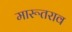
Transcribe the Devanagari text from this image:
मारूतराव